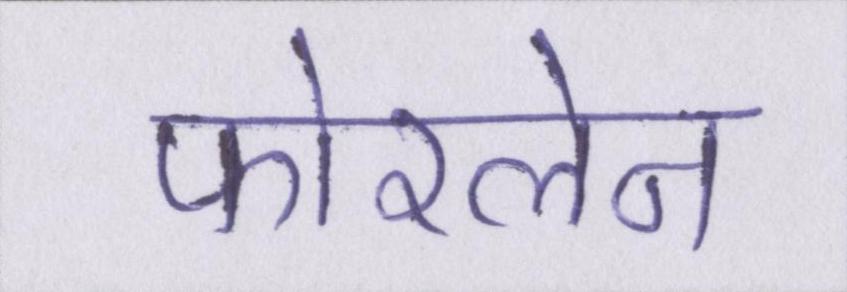
फोरलेन